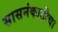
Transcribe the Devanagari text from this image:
सासनंकाठीचा